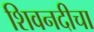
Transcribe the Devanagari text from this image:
शिवनदीचा